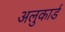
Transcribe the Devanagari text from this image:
अलुकार्ड